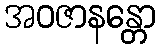
အဝဇာနန္တော